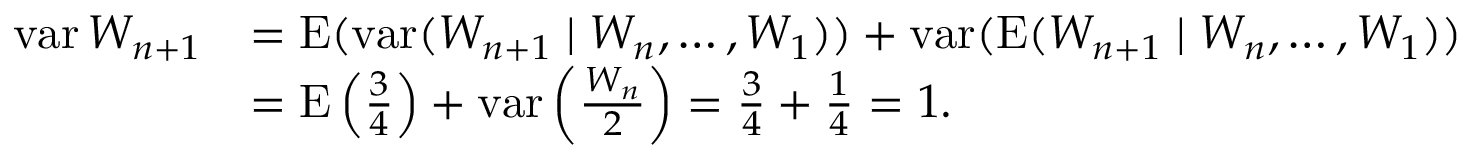
\begin{array} { r l } { \operatorname { v a r } W _ { n + 1 } } & { = \operatorname { E } ( \operatorname { v a r } ( W _ { n + 1 } \mid W _ { n } , \ldots , W _ { 1 } ) ) + \operatorname { v a r } ( \operatorname { E } ( W _ { n + 1 } \mid W _ { n } , \ldots , W _ { 1 } ) ) } \\ & { = \operatorname { E } \left( \frac 3 4 \right) + \operatorname { v a r } \left( \frac { W _ { n } } 2 \right) = \frac 3 4 + \frac 1 4 = 1 . } \end{array}